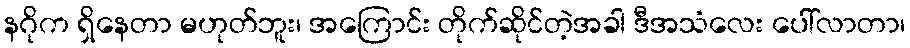
နဂိုက ရှိနေတာ မဟုတ်ဘူး၊ အကြောင်း တိုက်ဆိုင်တဲ့အခါ ဒီအသံလေး ပေါ်လာတာ၊